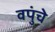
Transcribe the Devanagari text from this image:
वपुंचे